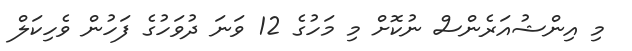
މި އިންޝުއަރެންސް ނުކޮށް މި މަހުގެ 12 ވަނަ ދުވަހުގެ ފަހުން ވެހިކަލް